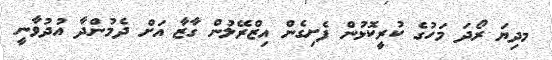
މދިޔަ ރޯދަ މަހުގެ ކުރީކޮޅުން ފެށިގެން އިޒްރޭލުން ގާޒާ އަށް ދެމުންދާ އުދުވާނީ